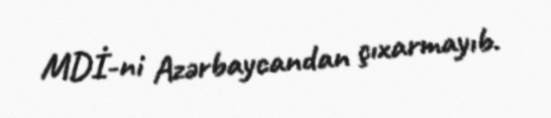
MDİ-ni Azərbaycandan çıxarmayıb.